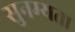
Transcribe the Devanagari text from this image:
सुनम्यता